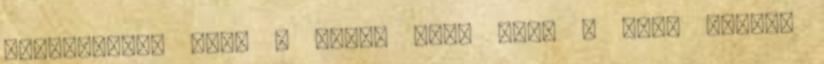
zsánerfilm, mint a Liza, vagy hogy a Liza inkább